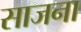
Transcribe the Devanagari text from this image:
साजना